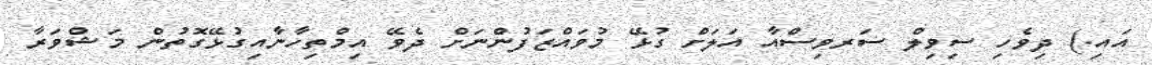
އައި.) ދިވެހި ސިވިލް ސަރވިސްއާ އަލަށް ގުޅޭ މުވައްޒަފުންނަށް ދެވޭ އިމްތިހާނާއިގުޅޭގޮތުން މަޝްވަރާ